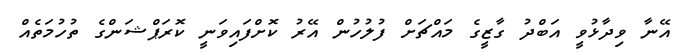
އޭނާ ވިދާޅުވީ އަބްދު ގާޒީގެ މައްޗަށް ފުލުހުން އޭރު ކޮށްފައިވަނީ ކޮރަޕްޝަންގެ ތުހުމަތެއް